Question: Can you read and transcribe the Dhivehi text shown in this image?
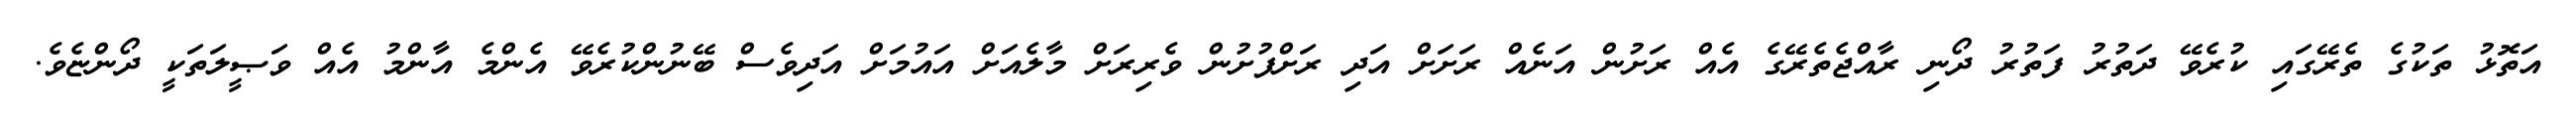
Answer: އަތޮޅު ތަކުގެ ތެރޭގައި ކުރެވޭ ދަތުރު ފަތުރު ދޯނި ރާއްޖެތެރޭގެ އެއް ރަށުން އަނެއް ރަށަށް އަދި ރަށްފުށުން ވެރިރަށް މާލެއަށް އައުމަށް އަދިވެސް ބޭނުންކުރެވޭ އެންމެ އާންމު އެއް ވަޞީލަތަކީ ދޯންޏެވެ.